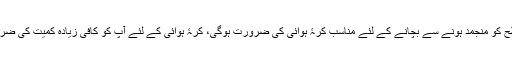
جسم کی سطح کو منجمد ہونے سے بچانے کے لئے مناسب کرۂ ہوائی کی ضرورت ہوگی، کرۂ ہوائی کے لئے آپ کو کافی زیادہ کمیت کی ضرورت ہوگی۔